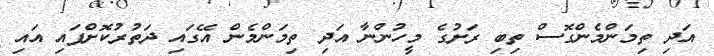
އަދި ތިމަންމެންގޮސް ތިބި ރަށުގެ މީހުންނާ އަދި ތިމަންމެން އޭގައި ދަތުރުކޮށްފައި އައި